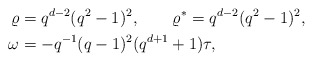
\begin{align*}\varrho &= q^{d-2}(q^2-1)^2, \qquad \varrho^* = q^{d-2}(q^2-1)^2,\\\omega &= - q^{-1} (q-1)^2 (q^{d+1}+1) \tau,\end{align*}